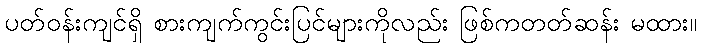
ပတ်ဝန်းကျင်ရှိ စားကျက်ကွင်းပြင်များကိုလည်း ဖြစ်ကတတ်ဆန်း မထား။